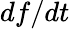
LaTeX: df/dt